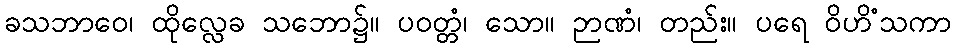
ခသဘာဝေ၊ ထိုလ္လေခ သဘော၌။ ပဝတ္တံ၊ သော။ ဉာဏံ၊ တည်း။ ပရေ ဝိဟိံသကာ